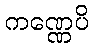
ကဏ္ဏေပိ